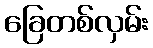
ခြေတစ်လှမ်း